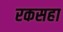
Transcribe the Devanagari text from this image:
रकसहा